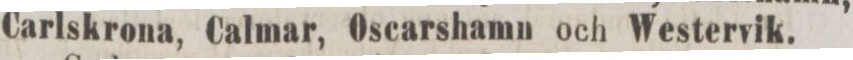
Carlskrona, Calmar, Oscarshamn och Westervik.